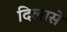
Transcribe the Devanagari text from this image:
दिलासे